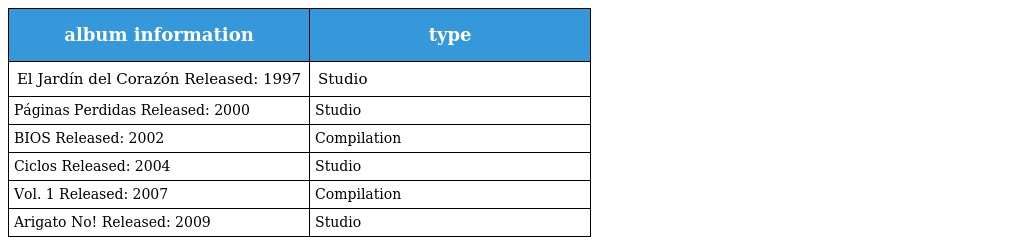
| album information | type |
 | --- | --- |
 | El Jardín del Corazón Released: 1997 | Studio |
 | Páginas Perdidas Released: 2000 | Studio |
 | BIOS Released: 2002 | Compilation |
 | Ciclos Released: 2004 | Studio |
 | Vol. 1 Released: 2007 | Compilation |
 | Arigato No! Released: 2009 | Studio |